Report on horse surra - Volume I
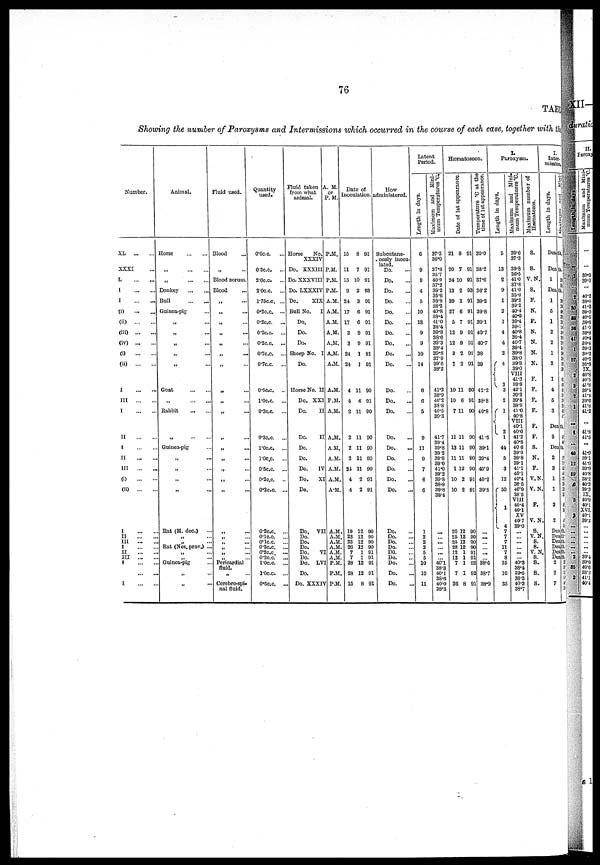
76
TABLE
Showing the number of Paroxysms and Intermissions
which occurred in the course of each case, together with the
Number.
XL
XXXI
L
I
I
(i)
...
...
(ii)
(iii)
(iv)
(i)
(ii)
I
III
I
II
I
II
III
(i)
(ii)
I
II
III
I
II
III
I
I
Animal.
Horse
„
Donkey
Bull
Guinea-pig
„
„
„
„
„
Goat
„
Babbit
„ ... ...
Guinea-pig
„ ...
„ ...
„
„ ...
Rat (M. dec.)
„ ...
„ ...
Rat (Nes.prov.) ..
„ ...
„ ...
Guinea-pig
„ ..
„ ...
Fluid used.
Blood
Blood scrum.
Blood
„ ...
„ ...
„
„
„
„ ...
„ ...
„ ...
„ ...
„
„ ...
„ ...
„ ...
„ ...
„ ...
„ ...
„ ...
„ ...
„ ...
„ ...
„ ...
Pericardial
fluid.
„ ...
Cerebro-spi-
nal fluid.
Quantity
used.
0.6c.c.
0.3c.c. ...
2.0c.c. ...
2.0c.c. ...
l.75c.c. ...
0.2c.c. ...
0.2c.c. ...
0.2c.c. ...
0.2c.c. ...
0.7c.c. ...
0.7c.c.
0.5cc. ...
1.0c.c. ...
0.3c.c. ...
0.3c.c. ..
1.0c.c. ...
l.0c.c. ..
0.5c.c. ..
0.2c.c. ..
0.2c.c. ..
0.2c.c. ..
0.1c.c. ..
0.1c.c. ..
0.2c.c. ..
0.2c.c. ..
0.2c.c. ..
1.0c.c. ..
1.0c.c. ..
0.5c.c. ..
Fluid taken
from what
animal.
Horse
No.
XXXIV
Do. XXXIII
Do. XXXVIII
Do. LXXXIV
Do.
XIX
Bull No.
I
Do.
Do.
Do.
Sheep No. I
Do.
Horse No. II
Do. XXI
Do.
II
Do.
II
Do.
Do.
Do.
IV
Do. XI
Do.
Do. VII
Do.
Do.
Do.
Do. VI
Do.
Do. LVI
Do.
Do. XXXIV
A. M.
or
P.M.
P.M.
P.M.
P.M.
P.M.
A.M.
A.M.
A.M.
A.M.
A.M.
A.M.
A.M.
A.M.
P.M.
A.M.
A.M.
A.M.
A.M.
A.M.
A.M.
A.M.
A.M.
A.M.
A.M.
A.M.
A.M.
A.M.
P.M.
P.M.
P.M.
Date of
Inoculation.
15
11
15
9
24
17
17
3
3
24
24
4
4
2
2
2
2
21
4
4
19
23
23
26
7
7
28
28
15
8
7
10
2
3
6
6
9
9
1
1
11
6
11
11
11
11
11
2
2
12
12
12
12
1
1
12
12
8
91
91
91
93
91
91
91
91
91
91
91
90
91
90
90
90
90
90
91
91
90
90
90
90
91
91
91
91
91
How
administered.
Subcutane-
ously inocu-
lated.
Do.
Do.
Do.
Do.
Do.
Do.
Do.
Do.
Do.
Do.
Do.
Do.
Do.
Do.
Do.
Do.
Do.
Do.
Do.
Do.
Do.
Do.
Do.
DO.
Do.
Do.
Do.
Do.
Latent
Period.
Length in days.
6
9
9
4
5
10
18
9
9
10
14
6
6
5
9
11
9
7
6
6
1
2
2
2
5
5
10
10
11
Maximum and Mini-
mum Temperatures °C.
37.3
36.0
37.6
35.7
40.9
37.2
38.2
35.6
39.8
38.2
40.8
38.4
41.0
38.4
39.8
38.6
39.3
38.4
39.8
37.9
39.6
38.2
41.3
38.9
40.2
38.8
40.5
39.3
41.7
39.4
39.8
39.2
39.8
39.0
41.0
39.2
39.8
38.9
39.8
38.4
...
...
...
...
...
40.1
38.3
40.1
88.6
40.0
38.3
Hæmatozoon.
Date of 1st appearance.
21
20
24
13
29
27
5
12
12
3
7
10
10
7
11
13
11
1
10
10
20
25
25
28
12
12
7
7
2
8
7
10
2
3
6
7
9
9
2
2
11
6
11
11
11
11
12
2
2
12
12
12
12
1
1
1
1
6 8
91
91
91
93
91
91
91
91
91
91
91
90
91
90
90
90
90
90
91
91
90
90
90
90
91
91
92
92
91
Temperature °C at the
time of 1st appearance.
39.0
38.2
37.6
36.2
39.2
39.8
39.1
40.7
40.7
38
39
42.2
38.8
40.8
41.5
39.1
39.4
40.9
40.2
39-5
...
...
...
...
...
...
88.6
38.7
38.9
I.
Paroxysm.
Length in days.
5
13
2
9
1
2
1
4
4
2
4
3
3
2
1
{
2 1
44
5
3
12
50
1
4 7
7
7
11
7
8
35
10
35
Maximum and Mini-
mum Temperatures °C.
39.6
37.3
39.8
36.5
41.0
37.8
41.0
35.0
39.3
39.2
40.4
40.0
39.4
39.1
40.8
39.4
40.7
39.4
39.8
38.0
39.8
39.0
VIII
41.3
39.8
42.1
39.2
39.5
38.8
41.0
40.8
VIII
40.1
40.0
41.2
40.8
40.6
39.0
39.8
39.1
41.1
40.1
40.4
38.5
40.9
38.5
VIII
40.4
40.1
XV
40.7
39.0
...
...
...
40.3
38.4
39.6
38.3
40.2
38.7
Maximum number of
Hæmatozoa.
S.
S.
V.N.
S.
F.
N.
F.
N.
N.
N.
N.
F.
P.
F.
F.
F.
F.
S.
N.
F.
V.N
V.N
F.
V.N
S.
V.N
S.
S.
V.N
S.
S.
S.
S.
I.
Inter-
mission,
Length in days.
Deat
Maximum and Minimum Number
h.
Death
1
Death
1
5
1
2
2
1
3
1
4
5
3
39
38
39
39
40
39 39
39
39
39 39
39
39
39
39
39
41
40
39
39
40
40
Death.
3 41
40
Death.
2
3
1
1
2
2
38
38
38
49 38
38
38
38
46
39
39 49
42
Death.
Death.
Death.
Death.
Death.
Death.
2
2
7
38
38
38
48
42
38